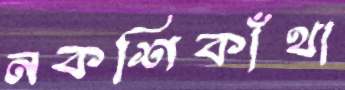
নকশিকাঁথা